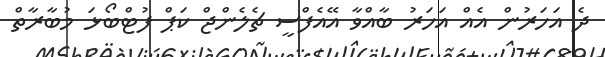
ދެ އަހަރުން އެއް އަހަރު ބާއްވާ އޭއެފްސީ ޗެލެންޖް ކަޕް ފުޓްބޯޅަ މުބާރާތް